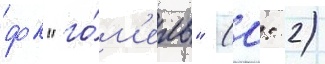
фк "го́м'ель" (0: 2)